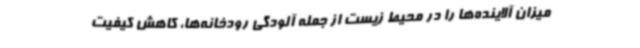
میزان آلاینده‌ها را در محیط زیست از جمله آلودگی رودخانه‌ها، کاهش کیفیت